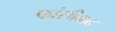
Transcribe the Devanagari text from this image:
फांसीवाद